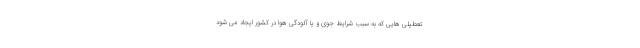
تعطیلی هایی که به سبب شرایط جوی و یا آلودگی هوا در کشور ایجاد می شود